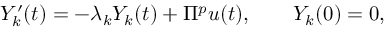
Y _ { k } ^ { \prime } ( t ) = - \lambda _ { k } Y _ { k } ( t ) + \Pi ^ { p } u ( t ) , \qquad Y _ { k } ( 0 ) = 0 ,